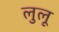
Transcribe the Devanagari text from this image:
लुलू